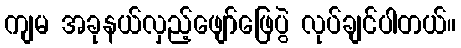
ကျမ အခုနယ်လှည့်ဖျော်ဖြေပွဲ လုပ်ချင်ပါတယ်။